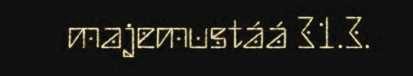
majemustáá 31.3.